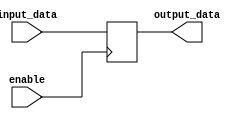
module gated_latch (
    input input_data,
    input enable,
    output reg output_data
);

always @(posedge enable)
begin
    if (enable)
        output_data <= input_data;
end

endmodule